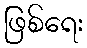
ဖြစ်ရေး